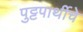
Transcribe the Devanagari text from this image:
पुट्टपार्थीचे